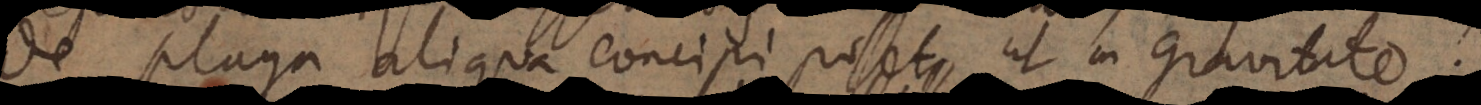
de plaga aliqua concipi posset, ut in gravitate.